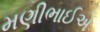
મણીભાઈએ